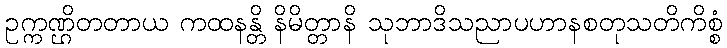
ဥက္ကဏ္ဌိတတာယ ကထနန္တိ နိမိတ္တာနိ သုဘာဒိသညာပဟာနစတုသတိကိစ္စံ